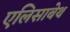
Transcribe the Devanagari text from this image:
एलिसाबेथ